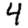
Digit: 4